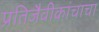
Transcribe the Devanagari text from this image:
प्रतिजैवीकांचाचा